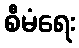
စီမံရေး